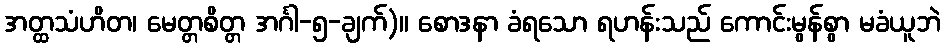
အတ္ထသံဟိတ၊ မေတ္တစိတ္တ အင်္ဂါ-၅-ချက်)။ စောဒနာ ခံရသော ရဟန်းသည် ကောင်းမွန်စွာ မခံယူဘဲ